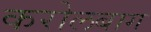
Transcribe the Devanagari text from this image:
करोलबाग